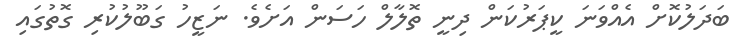
ބަދަލުކޮށް އެއްވަނަ ކީޕަރުކަން ދިނީ ތޮލާލް ހަސަން އަށެވެ. ނަޒީހު ގަބޫލުކުރި ގޮތުގައި